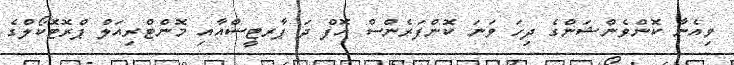
ވިއެނާ ކޮންވެންޝަންގެ ދިހަ ވަނަ ކޮންފަރެންސް އޮފް ދަ ޕާރޓީސްއާއި މޮންޓްރިއަލް ޕްރޮޓޮކޯލްގެ